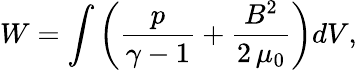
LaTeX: W=\int\left(\frac{p}{\gamma-1}+\frac{B^{2}}{2\, \mu_{0}}\right)dV,